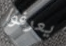
يعرفوا